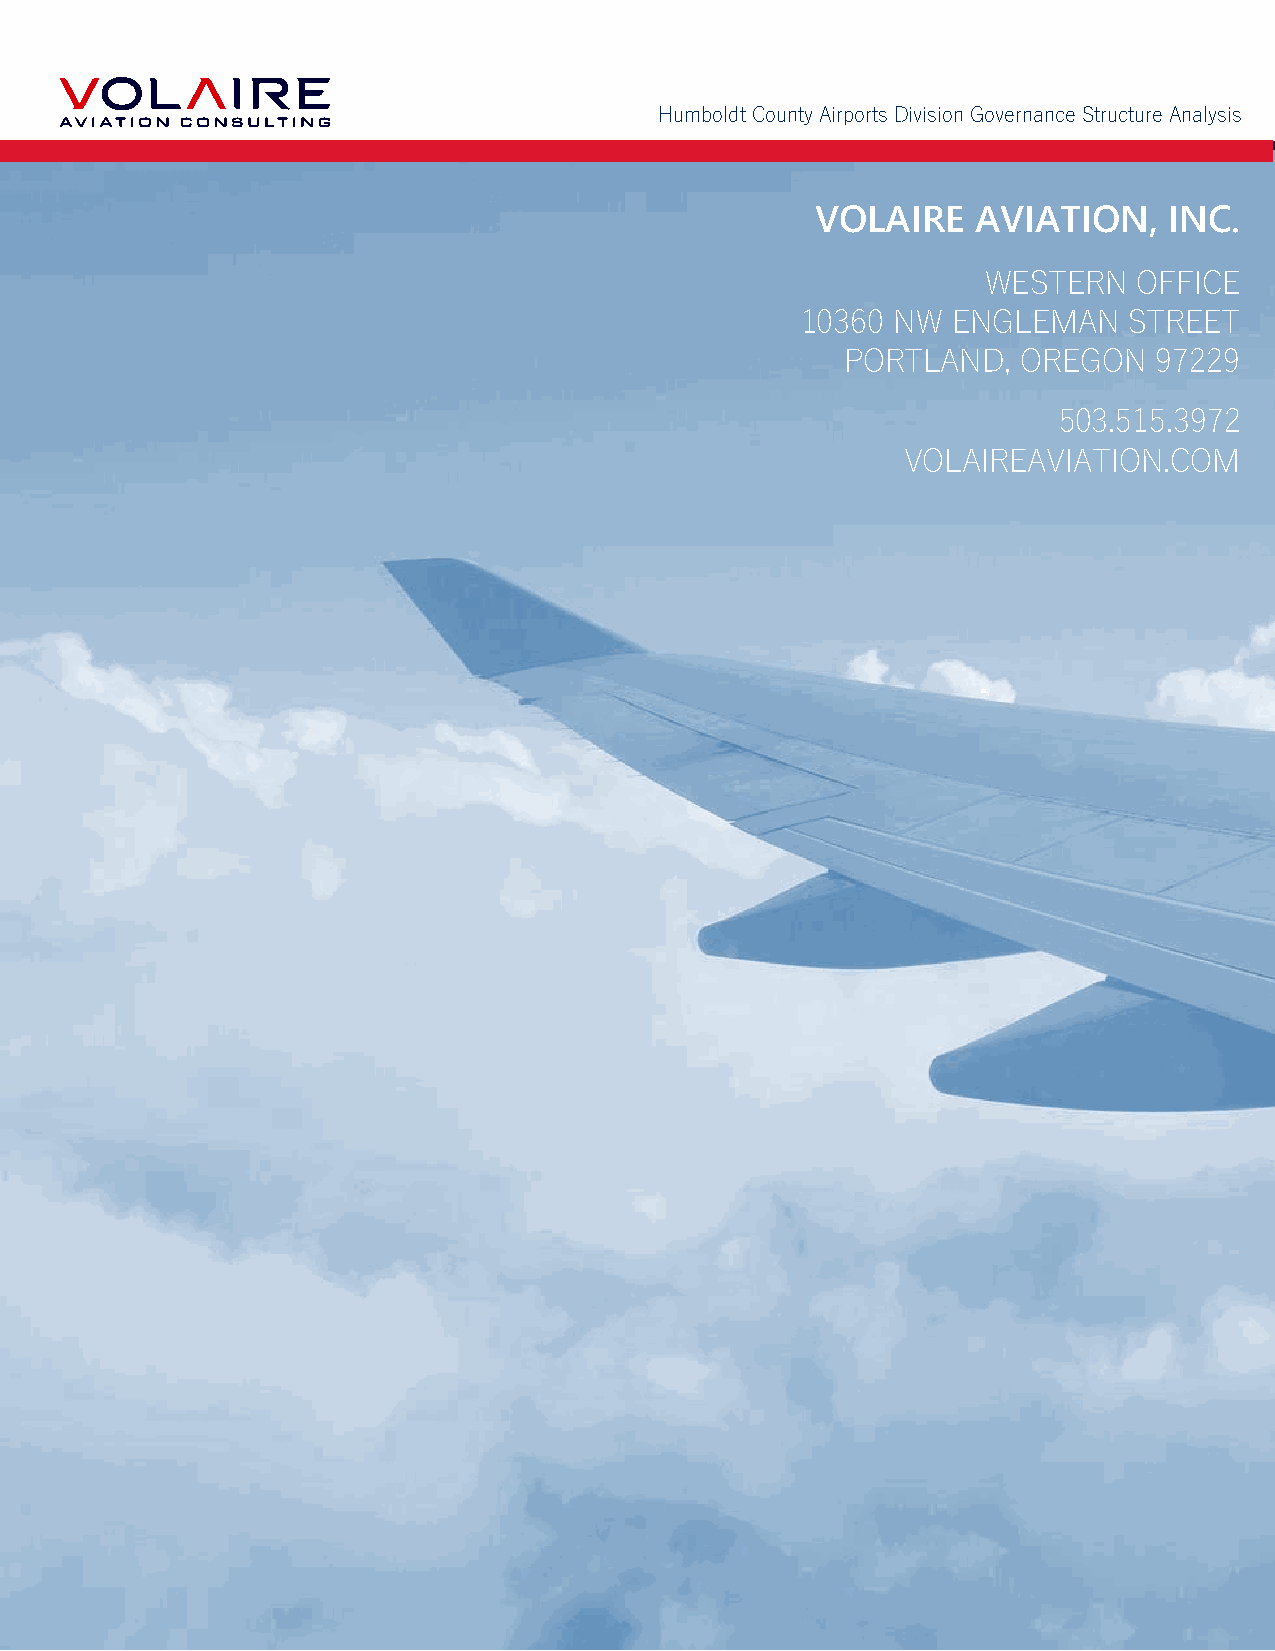
Humboldt County Airports Division Governance Structure Analysis
 VOLAIRE    AVIATION,   INC.
 WESTERN   OFFICE
 10360 NW  ENGLEMAN    STREET
 PORTLAND,   OREGON   97229
 503.515.3972
 VOLAIREAVIATION.COM
 78